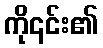
ကို၎င်း၏